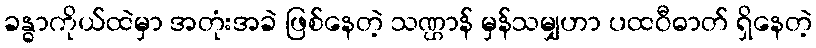
ခန္ဓာကိုယ်ထဲမှာ အတုံးအခဲ ဖြစ်နေတဲ့ သဏ္ဌာန် မှန်သမျှဟာ ပထဝီဓာတ် ရှိနေတဲ့